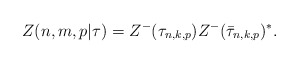
\begin{align*}Z(n,m,p|\tau)=Z^{-}(\tau_{n,k,p})Z^{-}(\bar{\tau}_{n,k,p})^{*}.\end{align*}